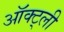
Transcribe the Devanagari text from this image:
ऑक्ट्ली